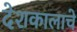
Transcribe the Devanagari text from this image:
देशकालाचे